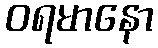
ဝရမာနော